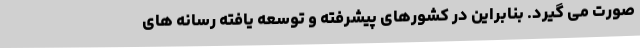
صورت می گیرد. بنابراین در کشورهای پیشرفته و توسعه یافته رسانه های